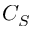
C _ { S }